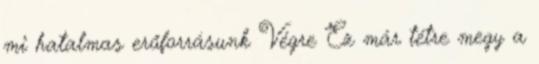
mi hatalmas erőforrásunk Végre Ez már tétre megy a